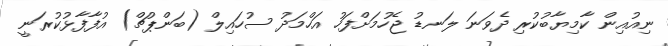
ނިއުއިން ކާމިޔާބުކުރި ދެވަނަ ލަނޑު ޖެހުމަށްފަހު އަހްމަދު ސުހައިލް (ބަންޕުޗް) އުފާފާޅުކުރަނީ